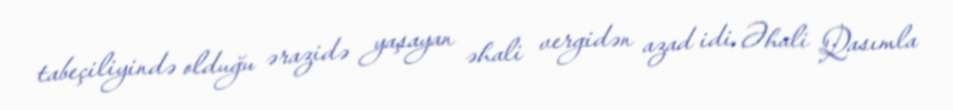
tabeçiliyində olduğu ərazidə yaşayan əhali vergidən azad idi. Əhali Qasımla